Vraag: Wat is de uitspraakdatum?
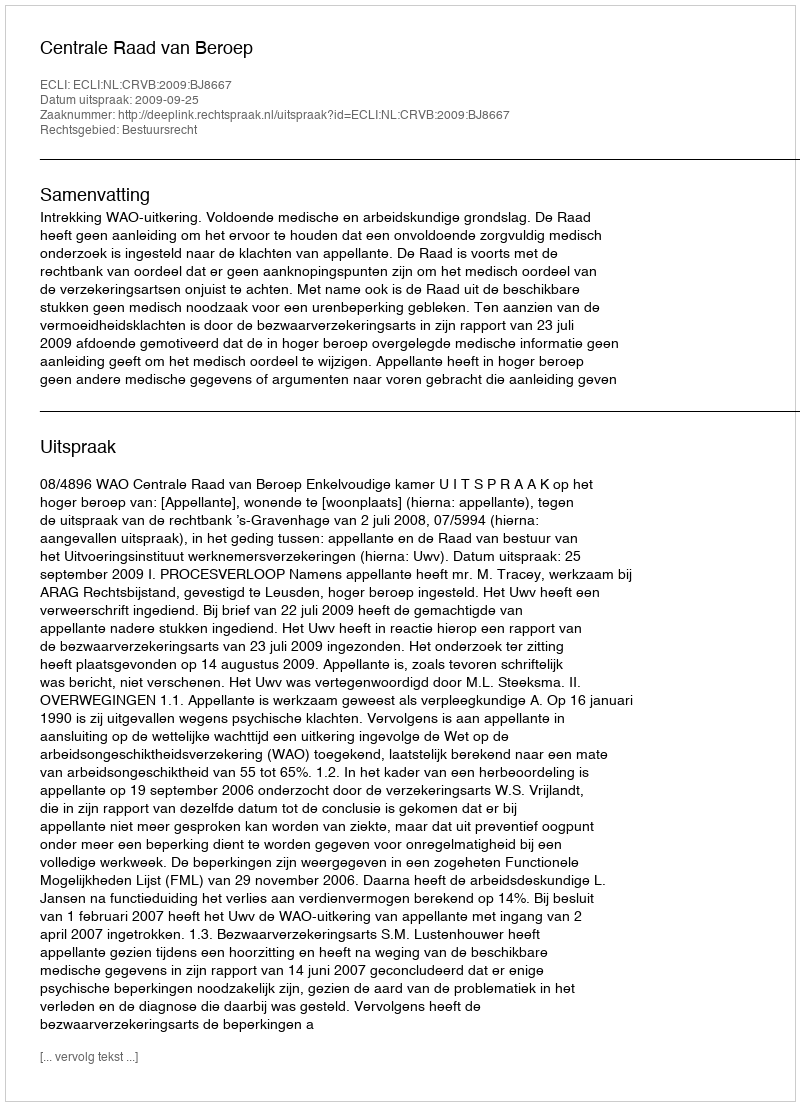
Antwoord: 2009-09-25